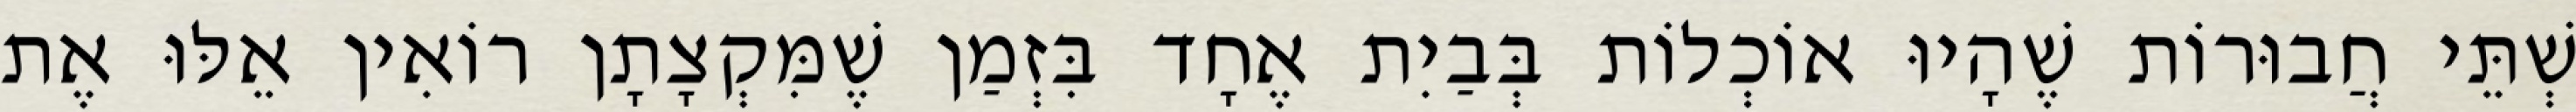
שְׁתֵּי חֲבוּרוֹת שֶׁהָיוּ אוֹכְלוֹת בְּבַיִת אֶחָד בִּזְמַן שֶׁמִּקְצָתָן רוֹאִין אֵלּוּ אֶת